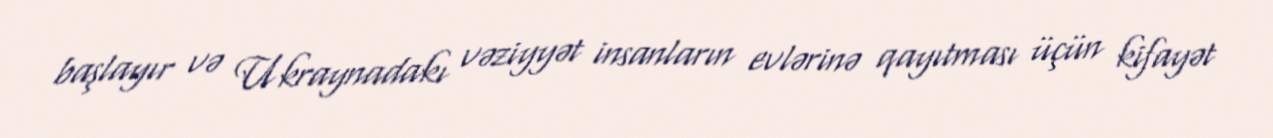
başlayır və Ukraynadakı vəziyyət insanların evlərinə qayıtması üçün kifayət